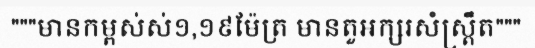
"""មានកម្ពស់ស់១,១៩ម៉ែត្រ មានតួអក្សរសំស្ត្រឹត"""